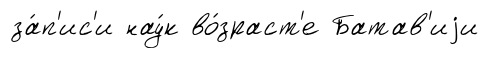
за́п'ис'и нау́к во́зраст'е Батав'иjи